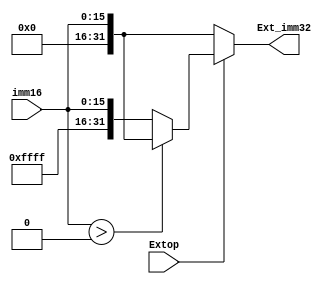
module ext(imm16,Extop,Ext_imm32);
   input [15:0] imm16;
   input Extop;
   output reg [31:0]Ext_imm32;

	always @(*)
	begin
	if(Extop == 0)
    Ext_imm32 = {16'b0000000000000000,imm16};
	else if(Extop == 1)
		if($signed(imm16) > 0)
			Ext_imm32 =  {16'b0000000000000000,imm16};
		else
			Ext_imm32 =  {16'b1111111111111111,imm16};
	else
		Ext_imm32 = 32'bxxxxxxxxxxxxxxxx;
end	  
endmodule